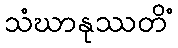
သံဃာနုဿတိံ